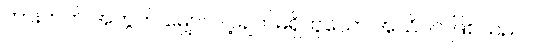
တားတတ် အတွက် မျှော်လင့်ချက်မရှိဟူသော အသိပင် ဖြစ်သည်။